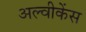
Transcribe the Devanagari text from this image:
अल्वीकेंस